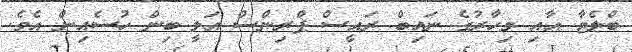
ބްލެޓާ އާއި މިހާރުގެ ނައިބް ރައީސް ޕްރިންސް އަލީ ބިން ހުސެއިން އެވެ.